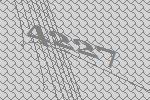
4227